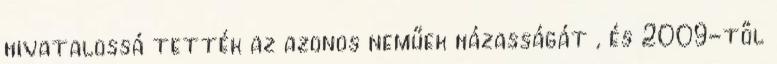
hivatalossá tették az azonos neműek házasságát , és 2009-től